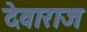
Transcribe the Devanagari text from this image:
देवाराज